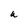
Character: U